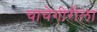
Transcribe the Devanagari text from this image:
चाचेगीरीला